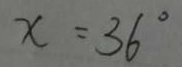
x = 3 6 ^ { \circ }